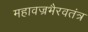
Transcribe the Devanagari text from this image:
महावज्रभैरवतंत्र